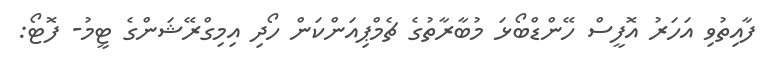
ފާއިތުވި އަހަރު އޮފީސް ހޭންޑްބޯޅަ މުބާރާތުގެ ޗެމްޕިއަންކަން ހޯދި އިމިގްރޭޝަންގެ ޓީމު- ފޮޓޯ: